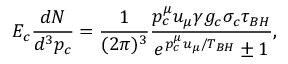
E _ { c } { \frac { d N } { d ^ { 3 } p _ { c } } } = { \frac { 1 } { ( 2 \pi ) ^ { 3 } } } { \frac { p _ { c } ^ { \mu } u _ { \mu } \gamma g _ { c } \sigma _ { c } \tau _ { B H } } { e ^ { p _ { c } ^ { \mu } u _ { \mu } / T _ { B H } } \pm 1 } } ,